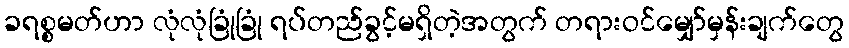
ခရစ္စမတ်ဟာ လုံလုံခြုံခြုံ ရပ်တည်ခွင့်မရှိတဲ့အတွက် တရားဝင်မျှော်မှန်းချက်တွေ